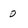
Character: 0